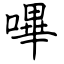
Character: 嗶